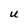
Character: U